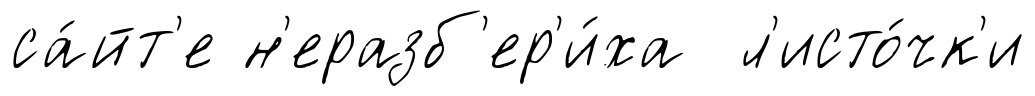
са́йт'е н'еразб'ер'и́ха л'исто́чк'и